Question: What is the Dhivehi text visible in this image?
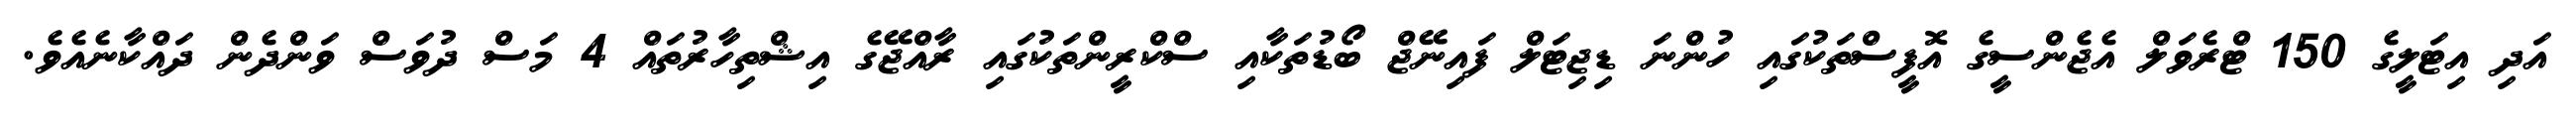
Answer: އަދި އިޓަލީގެ 150 ޓްރެވަލް އެޖެންސީގެ އޮފީސްތަކުގައި ހުންނަ ޑިޖިޓަލް ފައިނޭޖް ބޯޑުތަކާއި ސްކްރީންތަކުގައި ރާއްޖޭގެ އިޝްތިހާރުތައް 4 މަސް ދުވަސް ވަންދެން ދައްކާނެއެވެ.